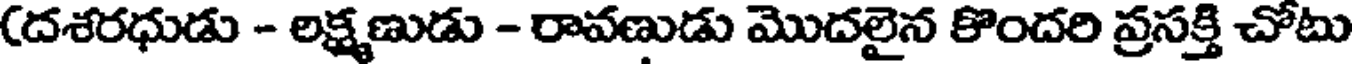
(దశరధుడు - లక్ష్మణుడు - రావణుడు మొదలైన కొందరి ప్రసక్తి చోటు